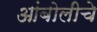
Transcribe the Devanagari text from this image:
आंबोलीचे